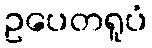
ဥပေတရူပံ